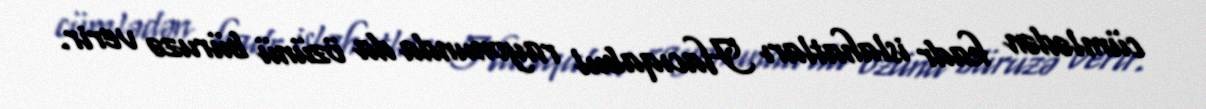
cümlədən kadr islahatları Hacıqabul rayonunda da özünü büruzə verir.